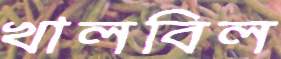
খালবিল